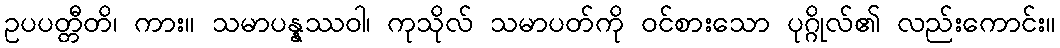
ဥပပတ္တီတိ၊ ကား။ သမာပန္နဿဝါ၊ ကုသိုလ် သမာပတ်ကို ဝင်စားသော ပုဂ္ဂိုလ်၏ လည်းကောင်း။